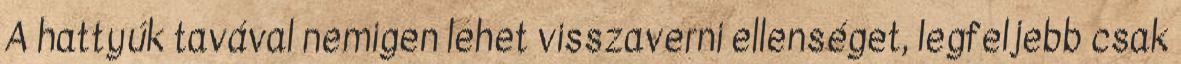
A hattyúk tavával nemigen lehet visszaverni ellenséget, legfeljebb csak